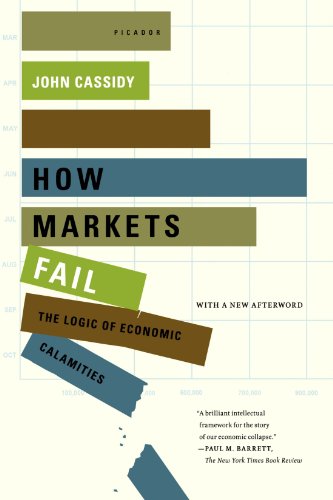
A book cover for How Markets Fail: The Logic of Economic Calamities; John Cassidy; Business & Money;